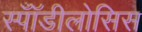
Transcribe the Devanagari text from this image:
स्पॉँडीलोसिस